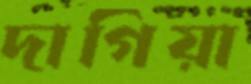
দাগিয়া